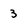
Character: 3